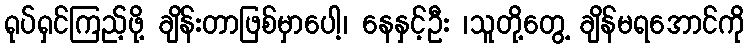
ရုပ်ရှင်ကြည့်ဖို့ ချိန်းတာဖြစ်မှာပေါ့၊ နေနှင့်ဦး ၊သူတို့တွေ့ ချိန်မရအောင်ကို